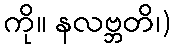
ကို။ နလဗ္ဘတိ၊)